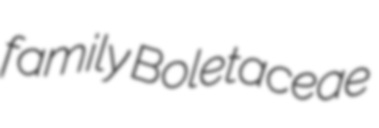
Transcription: family Boletaceae